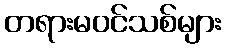
တရားမဝင်သစ်များ